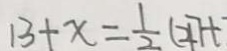
1 3 + x = \frac { 1 } { 2 } ( 4 7 + ^ { - }